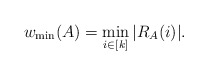
\begin{align*} w_{\min}(A)=\min\limits_{i\in[k]}|R_{A}(i)|. \end{align*}